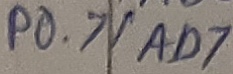
Text: P0.7/AD7